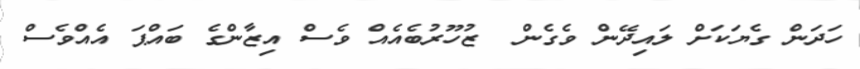
ހަދަން ގެޔަކަށް ލައިދޭން ވެގެން  ޒުހޫރުބެއެއް ވެސް އިޒާންގެ ބައްޕަ އެއްވެސް